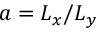
{ a = L _ { x } / L _ { y } }